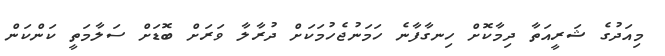
މިއަދުގެ ޝަރީއަތާ ދިމާކޮށް ހިނގާފާނެ ހަމަނުޖެހުމަކަށް ދުރާލާ ވަރަށް ބޮޑަށް ސަލާމަތީ ކަންކަން